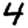
Digit: 4